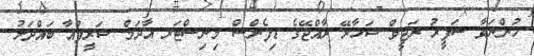
ހުންނަވާ ސަފީރު ރަޖީވް ޝަހާރޭ ރާއްޖޭގެ ޑިފެންސް މިނިސްޓަރ އާދަމް ޝަރީފްއާ ބައްދަލު